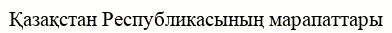
Қазақстан Республикасының марапаттары